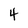
Character: 4